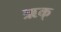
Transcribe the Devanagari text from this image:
ऋक्‌